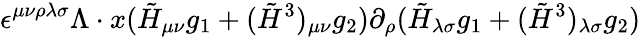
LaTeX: \epsilon^{\mu\nu\rho\lambda\sigma}\Lambda\cdot x(\tilde{H}_{\mu\nu}g_{1}+(\tilde{H}^{3})_{\mu\nu}g_{2})\partial_{\rho}(\tilde{H}_{\lambda\sigma}g_{1}+(\tilde{H}^{3})_{\lambda\sigma}g_{2})